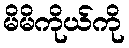
မိမိကိုယ်ကို